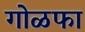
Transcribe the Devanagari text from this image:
गोळफा